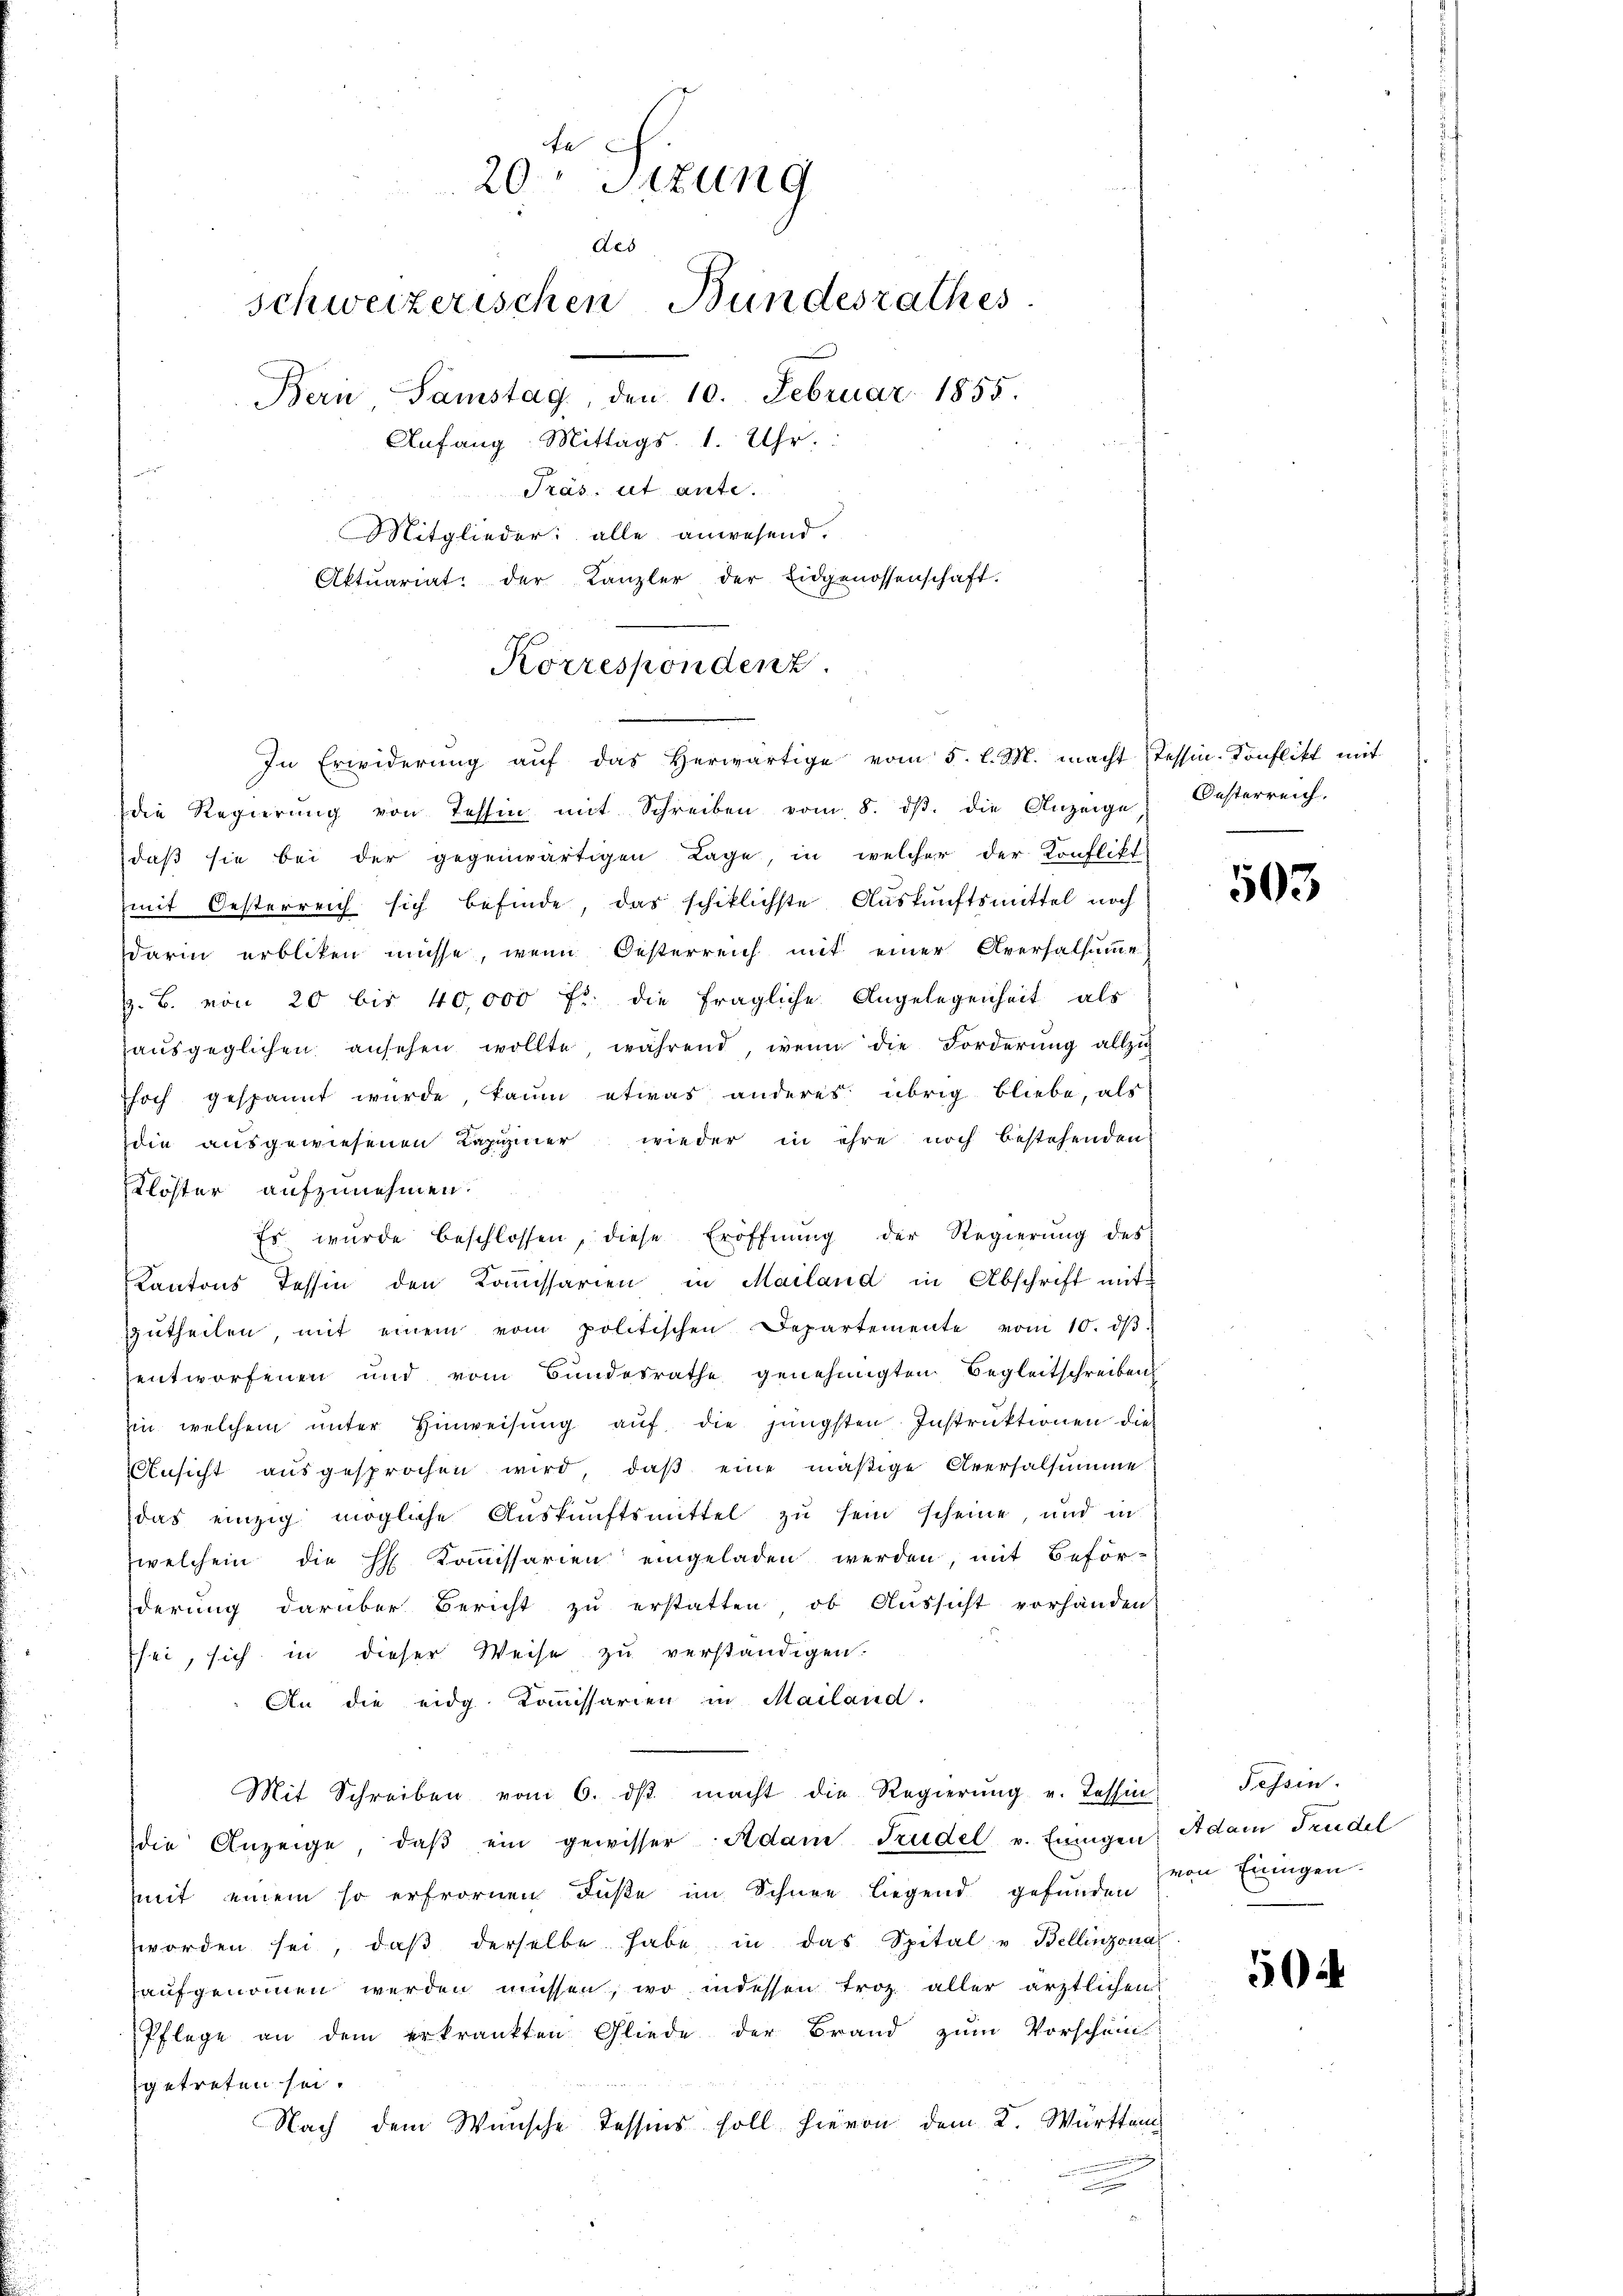
fe
20. Sizung
des
schweizerischen Bundesrathes.
Bern Samstag, den 10. Februar 1855.
Anfang Mittags. 1. Uhr.
Präs. ist ante.
Mitglieder: alle anwesend.
Aktuariat der Kanzler der Eidgenossenschaft.

Korrespondenz
In Erwiderung auf das Herwärtige vom 5. l. M. macht Tessin-Konflikt mit

die Regierŭng von Tessin mit Schreiben vom 8. dβ. die Anzeige Oesterreich-
daβ sie bei der gegenwärtigen Lage, in welcher der Konflikt
mit Oesterreich sich befinde, das schiklichste Auskunftsmittel noch
darin erbliken müsse, wenn Oesterreich mit einer Aversalsum
z. B. von 20 bis 40,000 fr. die fragliche Angelegenheit als
haŭsgeglichen ansehen wollte während, wenn die Forderung allzu
hoch gespannt wurde, kaum etwas anderes übrig bliebe, als
die ausgewiesenen Lapiginer wieder in ihre noch bestehenden
Klöster aufzunehmen.
Es wurde beschlossen, diese Eröffnung der Regierung des
Kantons Tessin den Kommissarien in Mailand in Abschrift mit
ŭtheilen mit einem vom politischen Departemente vom 10. dβ.
entworfenen und vom Bundesrathe genehmigten Begleitschreibens
Ein welchem ŭnter Hinweisŭng aŭf die jüngsten Instruktionen dies
Ansicht aŭsgesprochen wird, daβ eine mäßige Aversalsumme
das einzig mögliche Aŭskŭnftsmittel zu sein scheine, und in
welchein die H. Kommissarien eingeladen werden, mit Beför-
derung darüber Bericht zu erstatten, ob Aussicht vorhanden
sei, sich in dieser Weise zu verständigen.
An die eidg. Kommissarien in Mailand.
Mit Schreiben vom 6. dβ macht die Regierŭng u. Tessin
die Anzeige, daβ ein gewisser Adam Trudel u. Einigen
mmit einem so erfrornen Fuße im Schnee liegend gefunden
worden sei, daβ derselbe habe in das Spital u Bellinzona
aufgenommen werden müssen, wo indessen troz. aller ärztlichen
Pflege an dem erkrankten Gliede der Brand zum Vorschein
getreten sei.
Nach dem Wunsche Tessins soll hievon dem K. Württem

503.

Tessin.
Adam Trudel
von Einigen.